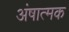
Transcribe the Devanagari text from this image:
अंषात्मक